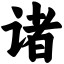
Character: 诸